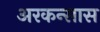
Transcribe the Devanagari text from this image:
अरकन्‍सास